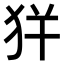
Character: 𤝪